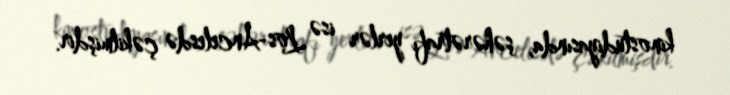
kinostudiyasında, şəhərətrafı yerlər isə Los-Ancelesdə çəkilmişdir.